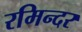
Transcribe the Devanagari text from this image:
रमिन्दर